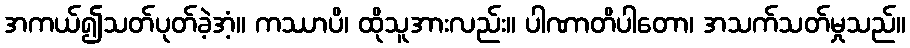
အကယ်၍သတ်ပုတ်ခဲ့အံ့။ ကဿာပိ၊ ထိုသူအားလည်း။ ပါဏာတိပါတော၊ အသက်သတ်မှုသည်။